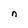
Character: n